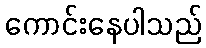
ကောင်းနေပါသည်